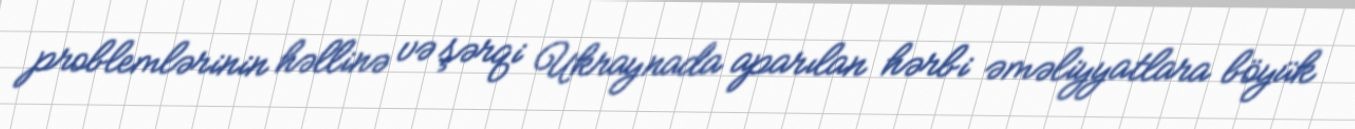
problemlərinin həllinə və şərqi Ukraynada aparılan hərbi əməliyyatlara böyük